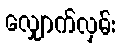
လျှောက်လှမ်း